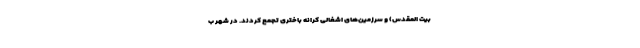
بیت المقدس) و سرزمین‌های اشغالی کرانه باختری تجمع کردند. در شهر ب